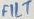
Text: FILT